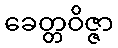
ခေတ္တဝိဇ္ဇာ